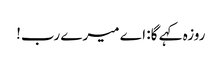
روزہ کہے گا: اے میرے رب!